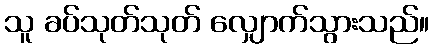
သူ ခပ်သုတ်သုတ် လျှောက်သွားသည်။